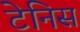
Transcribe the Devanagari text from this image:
टेनिस